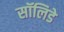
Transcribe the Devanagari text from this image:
सॉलिडे